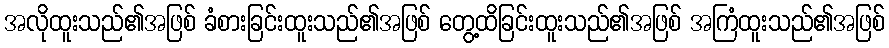
အလိုထူးသည်၏အဖြစ် ခံစားခြင်းထူးသည်၏အဖြစ် တွေ့ထိခြင်းထူးသည်၏အဖြစ် အကြံထူးသည်၏အဖြစ်